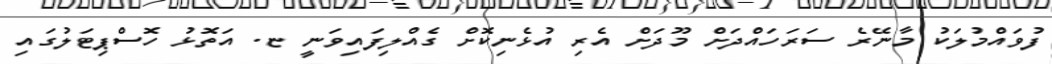
ފުވައްމުލަކު މާނޭރެ ސަރަހައްދަށް މޫދަށް އެރި އުޅެނިކޮށް ގެއްލިފައިވަނީ ޏ. އަތޮޅު ހޮސްޕިޓަލުގައި